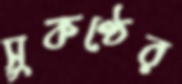
সুকণ্ঠের